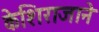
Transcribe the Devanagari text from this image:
केशिराजाने